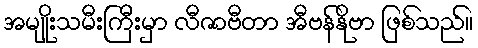
အမျိုးသမီးကြီးမှာ လီဇာဗီတာ အီဗန်နိုဗာ ဖြစ်သည်။